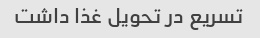
تسریع در تحویل غذا داشت